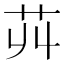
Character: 𦬥